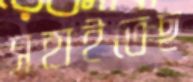
সহাইতেছ